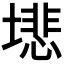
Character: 𫮦